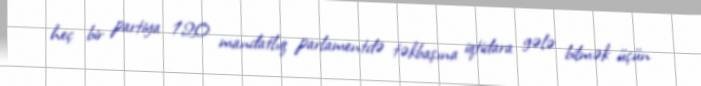
heç bir partiya 120 mandatlıq parlamentdə təkbaşına iqtidara gələ bilmək üçün